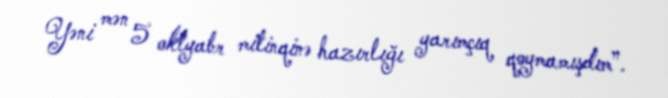
Yəni mən 5 oktyabr mitinqinə hazırlığı yarımçıq qoymamışdım”.